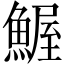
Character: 𲌼